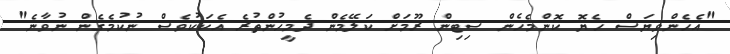
"އެހެންވިޔަސް ހެޔޮ ކޮންމެހެން ސިޓިން ރޫމަށް ކަލޭމެން ދެމީހުންތުރެ އެކަކުވެސް ނުކުމެގެން ނުވާނެ"